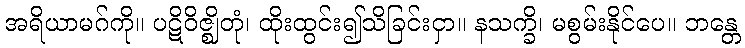
အရိယာမဂ်ကို။ ပဋိဝိဇ္ဈိတုံ၊ ထိုးထွင်း၍သိခြင်းငှာ။ နသက္ခိ၊ မစွမ်းနိုင်ပေ။ ဘန္တေ